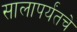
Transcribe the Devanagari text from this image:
सालापर्यंतचे